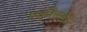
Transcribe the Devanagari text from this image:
एकीकडेस